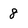
Character: 8